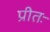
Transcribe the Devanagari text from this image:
प्रीतः